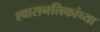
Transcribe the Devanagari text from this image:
श्‍वासनलिकांच्या